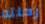
رحلته